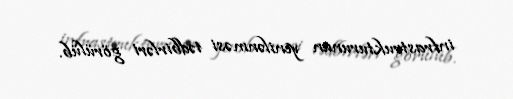
infrastrukturunun yenilənməsi tədbirləri görülüb.